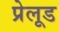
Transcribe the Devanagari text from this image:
प्रेलूड